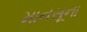
માનસૂના